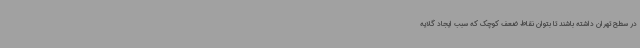
در سطح تهران داشته باشند تا بتوان نقاط ضعف کوچک که سبب ایجاد گلایه